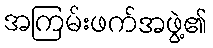
အကြမ်းဖက်အဖွဲ့၏